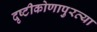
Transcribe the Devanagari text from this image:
दृष्टीकोणापुरत्या